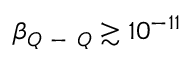
\beta _ { Q \mathrm { ~ - ~ } Q } \gtrsim 1 0 ^ { - 1 1 }